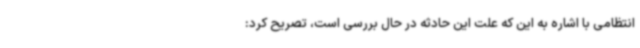
انتظامی با اشاره به این که علت این حادثه در حال بررسی است، تصریح کرد: